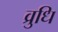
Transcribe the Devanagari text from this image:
व्रुधि